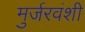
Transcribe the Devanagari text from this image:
मुर्जरवंशी